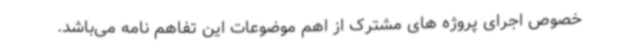
خصوص اجرای پروژه های مشترک از اهم موضوعات این تفاهم نامه می‌باشد.